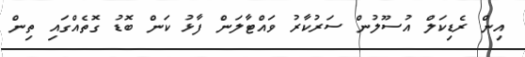
އިން ރެޑިކަލް އުސޫލުން ސަރުކާރު ވައްޓާލަން ފާޅު ކަން ބޮޑު ގޮތެއްގައި ތިން